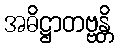
အဓိဋ္ဌာတဗ္ဗန္တိ